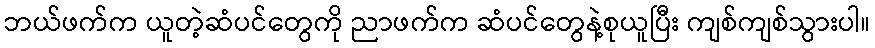
ဘယ်ဖက်က ယူတဲ့ဆံပင်တွေကို ညာဖက်က ဆံပင်တွေနဲ့စုယူပြီး ကျစ်ကျစ်သွားပါ။